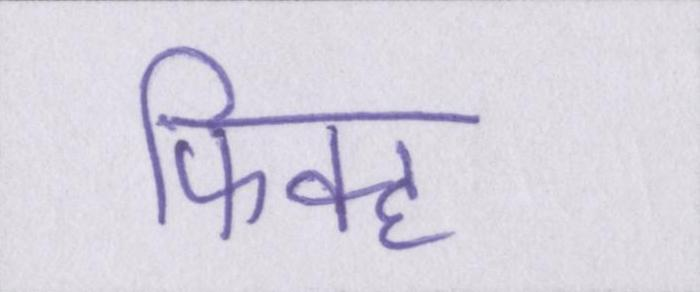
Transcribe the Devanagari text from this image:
फिक्ह